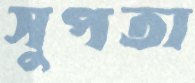
সুপতা